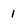
Character: 1